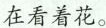
在看着花。